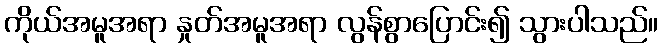
ကိုယ်အမူအရာ နှုတ်အမူအရာ လွန်စွာပြောင်း၍ သွားပါသည်။